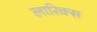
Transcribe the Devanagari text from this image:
लारिक्स